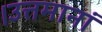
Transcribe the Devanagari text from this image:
।उत्तमानां